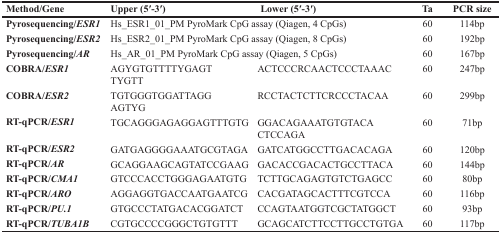
<table><thead><tr><td><b>Method/Gene</b></td><td><b>Upper (5′-3′)</b></td><td><b>Lower (5′-3′)</b></td><td><b>Ta</b></td><td><b>PCR size</b></td></tr></thead><tbody><tr><td><b>Pyrosequencing/</b><b><i>ESR1</i></b></td><td colspan="2">Hs_ESR1_01_PM PyroMark CpG assay (Qiagen, 4 CpGs)</td><td>60</td><td>114bp</td></tr><tr><td><b>Pyrosequencing/</b><b><i>ESR2</i></b></td><td colspan="2">Hs_ESR2_01_PM PyroMark CpG assay (Qiagen, 8 CpGs)</td><td>60</td><td>192bp</td></tr><tr><td><b>Pyrosequencing/</b><b><i>AR</i></b></td><td colspan="2">Hs_AR_01_PM PyroMark CpG assay (Qiagen, 5 CpGs)</td><td>60</td><td>167bp</td></tr><tr><td><b>COBRA/</b><b><i>ESR1</i></b></td><td>AGYGTGTTTTYGAGT TYGTT</td><td>ACTCCCRCAACTCCCTAAAC</td><td>60</td><td>247bp</td></tr><tr><td><b>COBRA/</b><b><i>ESR2</i></b></td><td>TGTGGGTGGATTAGG AGTYG</td><td>RCCTACTCTTCRCCCTACAA</td><td>60</td><td>299bp</td></tr><tr><td><b>RT-qPCR/</b><b><i>ESR1</i></b></td><td>TGCAGGGAGAGGAGTTTGTG</td><td>GGACAGAAATGTGTACA CTCCAGA</td><td>60</td><td>71bp</td></tr><tr><td><b>RT-qPCR/</b><b><i>ESR2</i></b></td><td>GATGAGGGGAAATGCGTAGA</td><td>GATCATGGCCTTGACACAGA</td><td>60</td><td>120bp</td></tr><tr><td><b>RT-qPCR/</b><b><i>AR</i></b></td><td>GCAGGAAGCAGTATCCGAAG</td><td>GACACCGACACTGCCTTACA</td><td>60</td><td>144bp</td></tr><tr><td><b>RT-qPCR/</b><b><i>CMA1</i></b></td><td>GTCCCACCTGGGAGAATGTG</td><td>TCTTGCAGAGTGTCTGAGCC</td><td>60</td><td>80bp</td></tr><tr><td><b>RT-qPCR/</b><b><i>ARO</i></b></td><td>AGGAGGTGACCAATGAATCG</td><td>CACGATAGCACTTTCGTCCA</td><td>60</td><td>116bp</td></tr><tr><td><b>RT-qPCR/</b><b><i>PU.1</i></b></td><td>GTGCCCTATGACACGGATCT</td><td>CCAGTAATGGTCGCTATGGCT</td><td>60</td><td>93bp</td></tr><tr><td><b>RT-qPCR/</b><b><i>TUBA1B</i></b></td><td>CGTGCCCCGGGCTGTGTTT</td><td>GCAGCATCTTCCTTGCCTGTGA</td><td>60</td><td>117bp</td></tr></tbody></table>